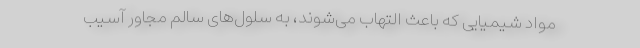
مواد شیمیایی که باعث التهاب می‌شوند، به سلول‌های سالم مجاور آسیب